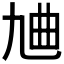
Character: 𪜔